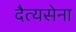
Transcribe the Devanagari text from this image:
दैत्यसेना